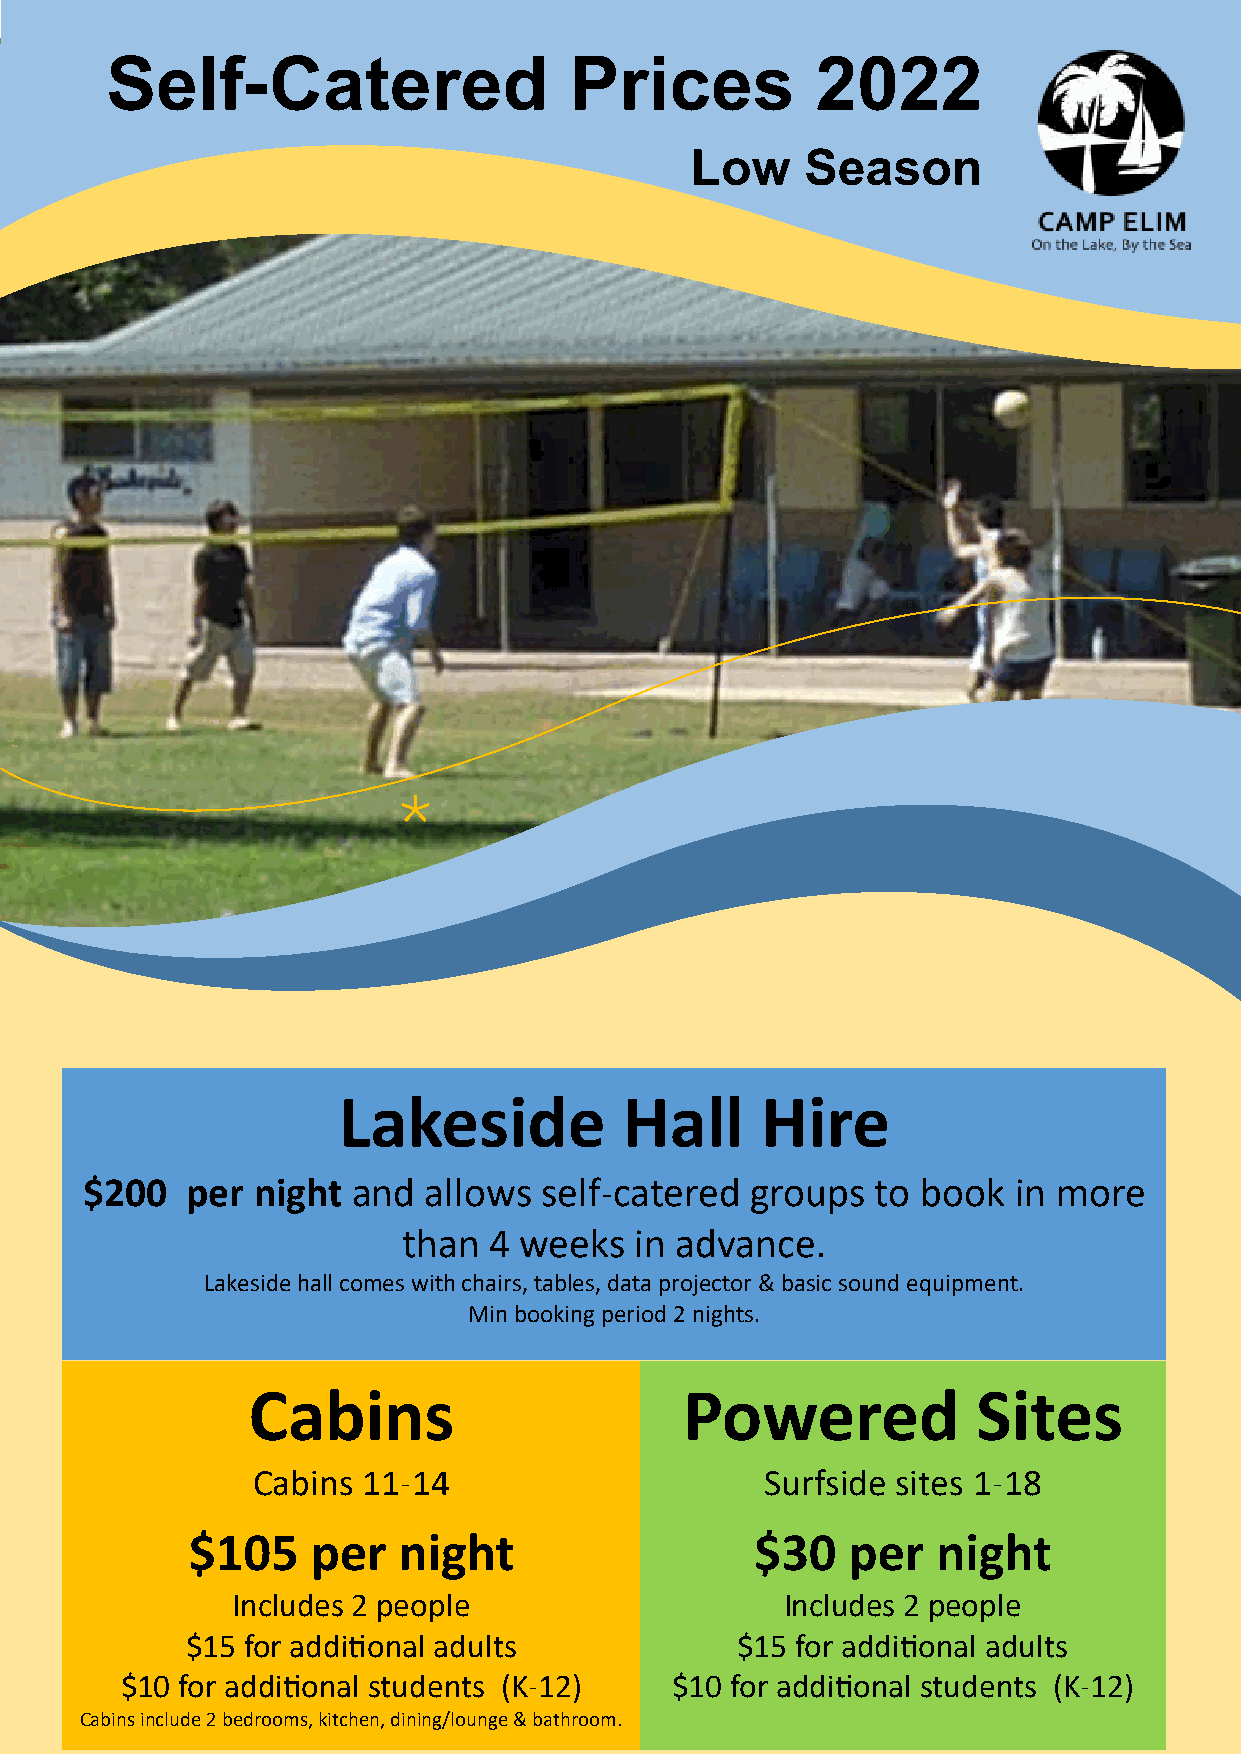
Self-Catered                   Prices          2022
 Low    Season
 *
 Lakeside           Hall     Hire
 $200   per  night and  allows  self-catered  groups  to book  in more
 than 4 weeks   in advance.
 Lakeside hall comes with chairs, tables, data projector & basic sound equipment.
 Min booking period 2 nights.
 Cabins                       Powered             Sites
 Cabins 11-14                      Surfside sites 1-18
 $105     per  night                   $30   per   night
 Includes 2 people                    Includes 2 people
 $15 for additional adults            $15 for additional adults
 $10 for additional students (K-12)  $10 for additional students (K-12)
 Cabins include 2 bedrooms, kitchen, dining/lounge & bathroom.